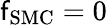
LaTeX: \mathsf{f}_{\mathrm{{SMC}}}=0